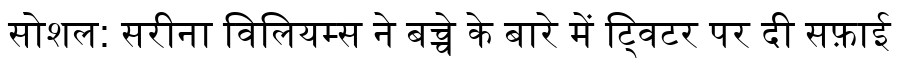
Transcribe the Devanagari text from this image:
सोशल: सरीना विलियम्स ने बच्चे के बारे में ट्विटर पर दी सफ़ाई